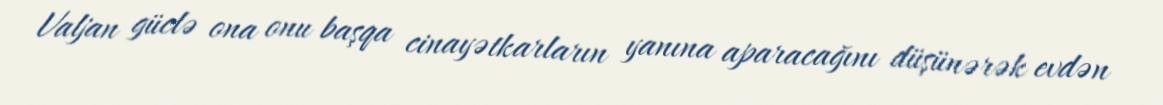
Valjan güclə ona onu başqa cinayətkarların yanına aparacağını düşünərək evdən